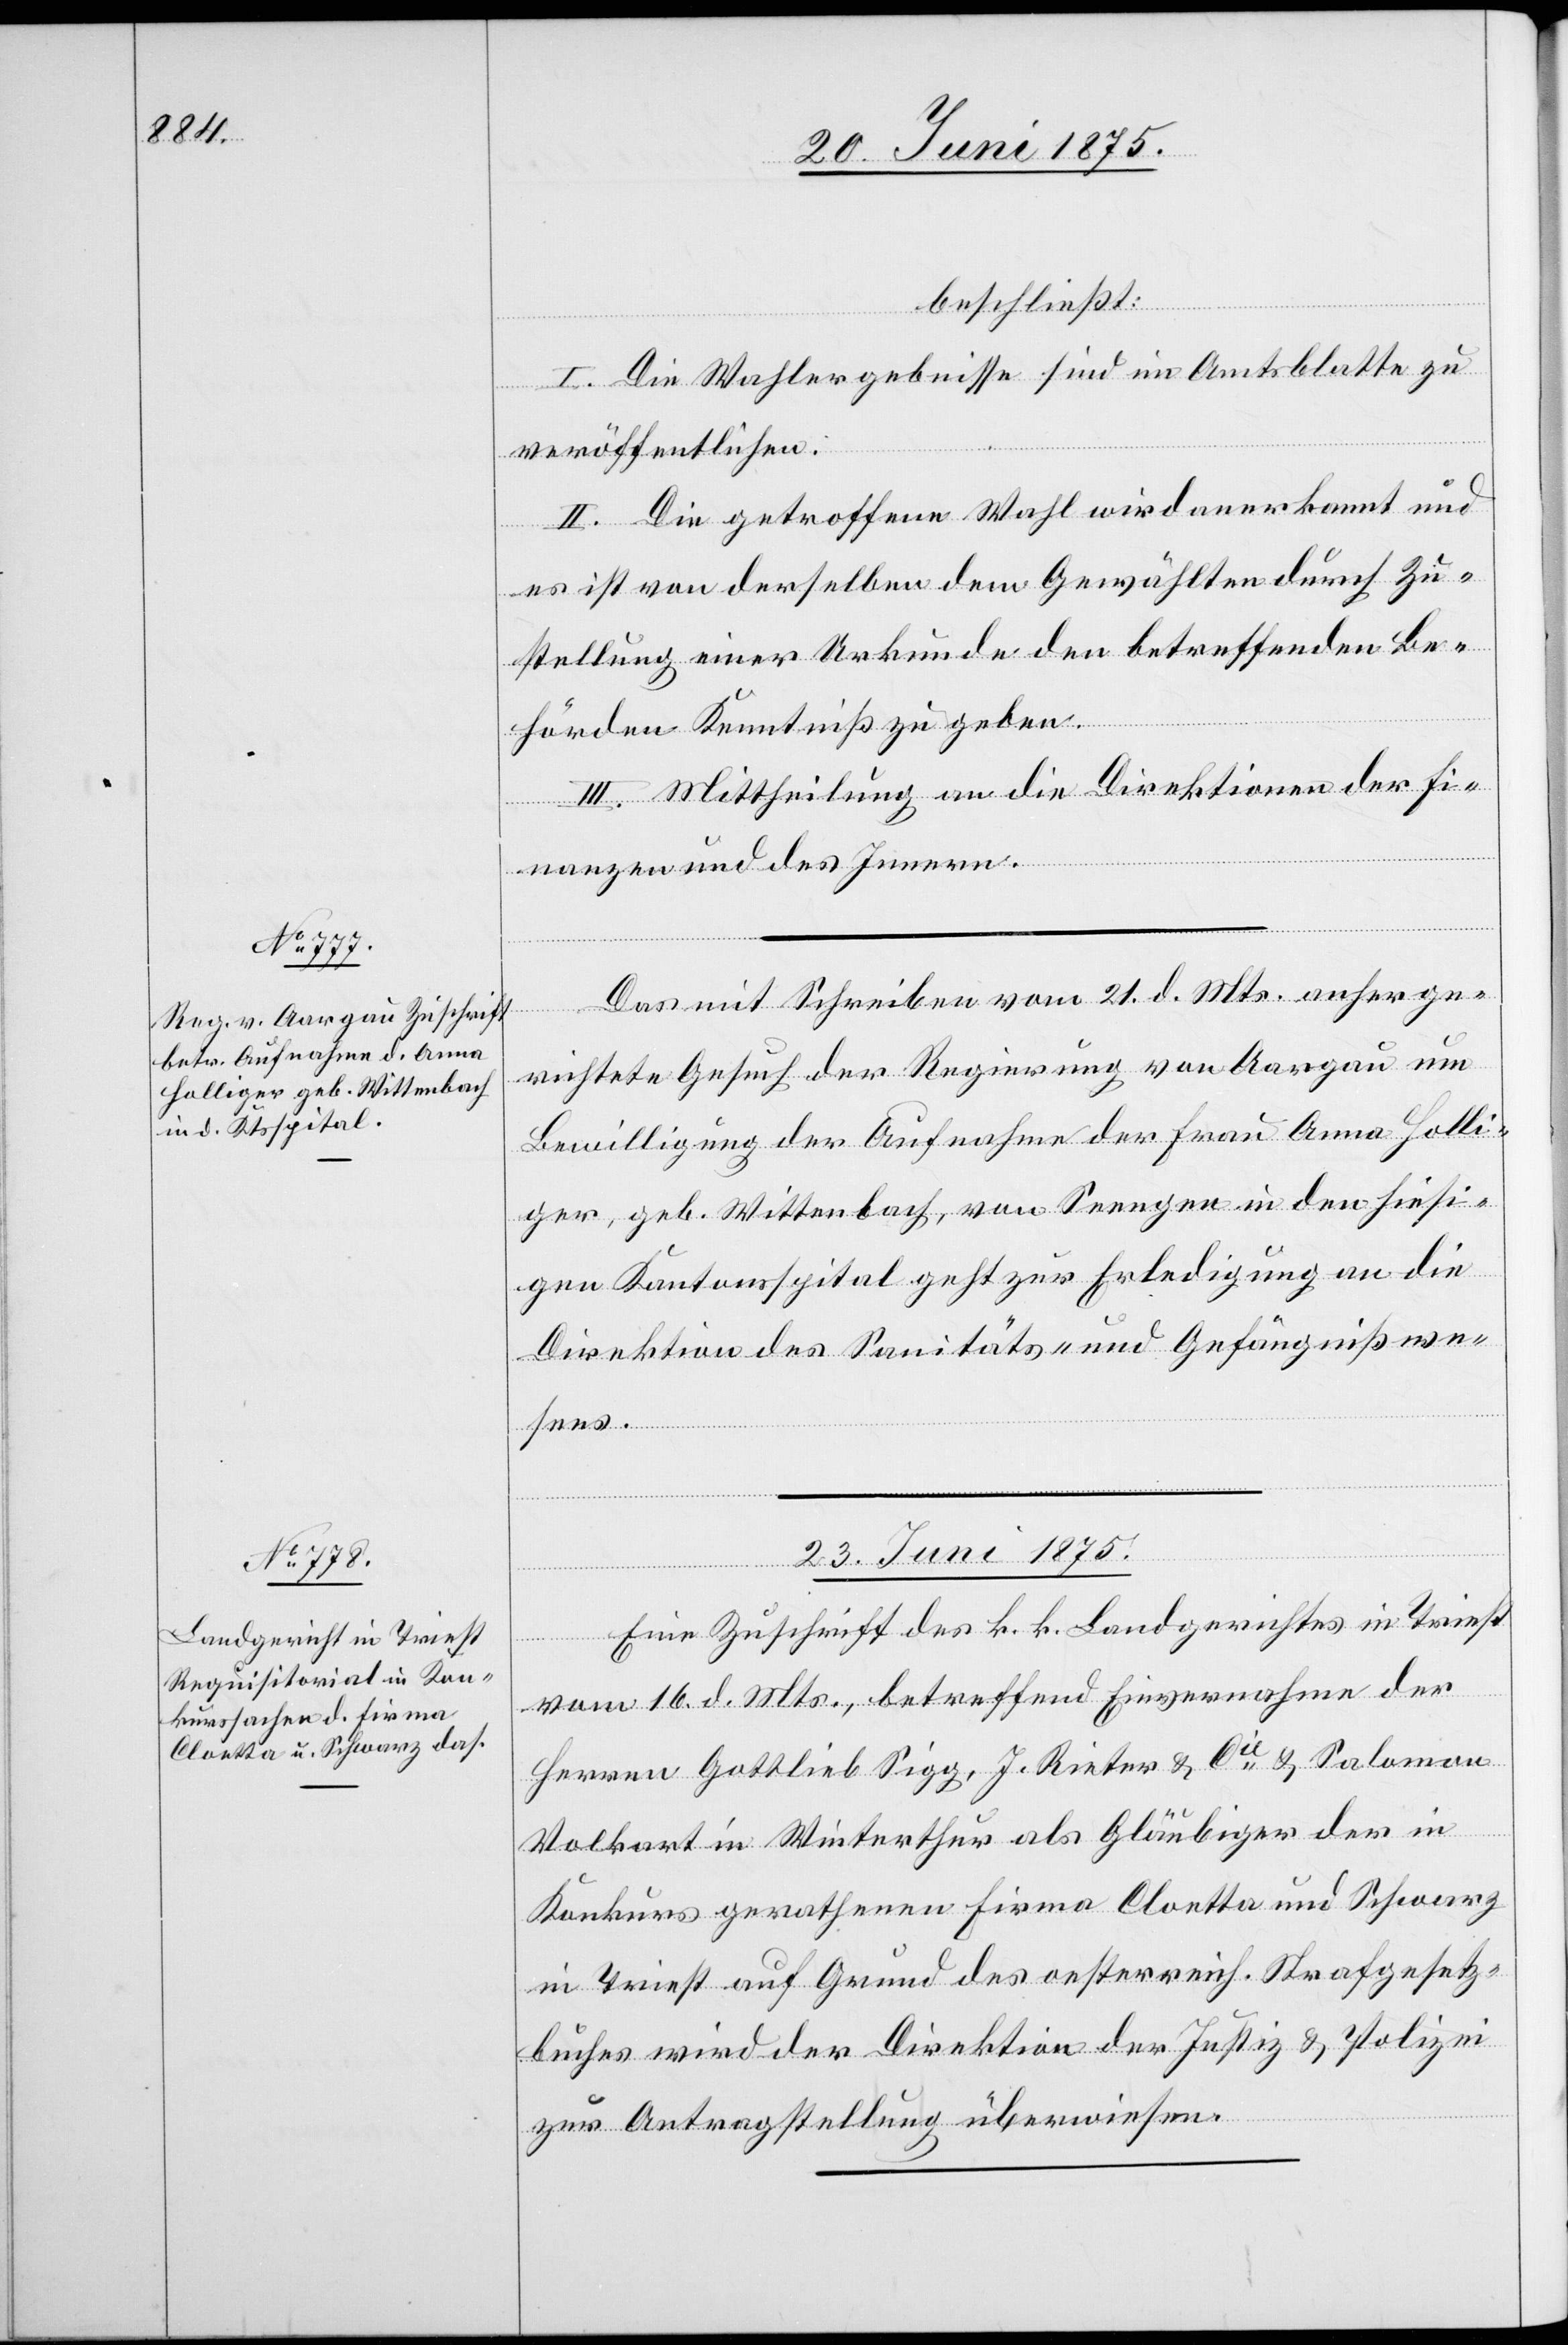
beschließt:
I. Die Wahlergebnisse sind im Amtsblatte zu
veröffentlichen.
II. Die getroffene Wahl wird anerkannt und
es ist von derselben dem Gewählten durch Zu¬
stellung einer Urkunde den betreffenden Be¬
hörden Kenntniß zu geben.
III. Mittheilung an die Direktionen der Fi¬
nanzen und des Innern.
Das mit Schreiben vom 21. d. Mts. anherge¬
richtete Gesuch der Regierung von Aargau um
Bewilligung der Aufnahme der Frau Anna Holli¬
ger, geb. Wittenbach, von Seengen in den hiesi¬
gen Kantonsspital geht zur Erledigung an die
Direktion des Sanitäts- und Gefängnißwe¬
sens.
23. Juni 1875.
Eine Zuschrift des k. k. Landgerichtes in Triest
vom 16. d. Mts., betreffend Einvernahme der
Herren Gottlieb Sigg, J. Rieter & Cie & Salomon
Volkart in Winterthur als Gläubiger der in
Konkurs gerathenen Firma Cloetta und Schwarz
in Triest auf Grund des oesterreich. Strafgesetz¬
buches wird der Direktion der Justiz & Polizei
zur Antragstellung überwiesen.